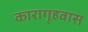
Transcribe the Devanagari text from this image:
कारागृहवास